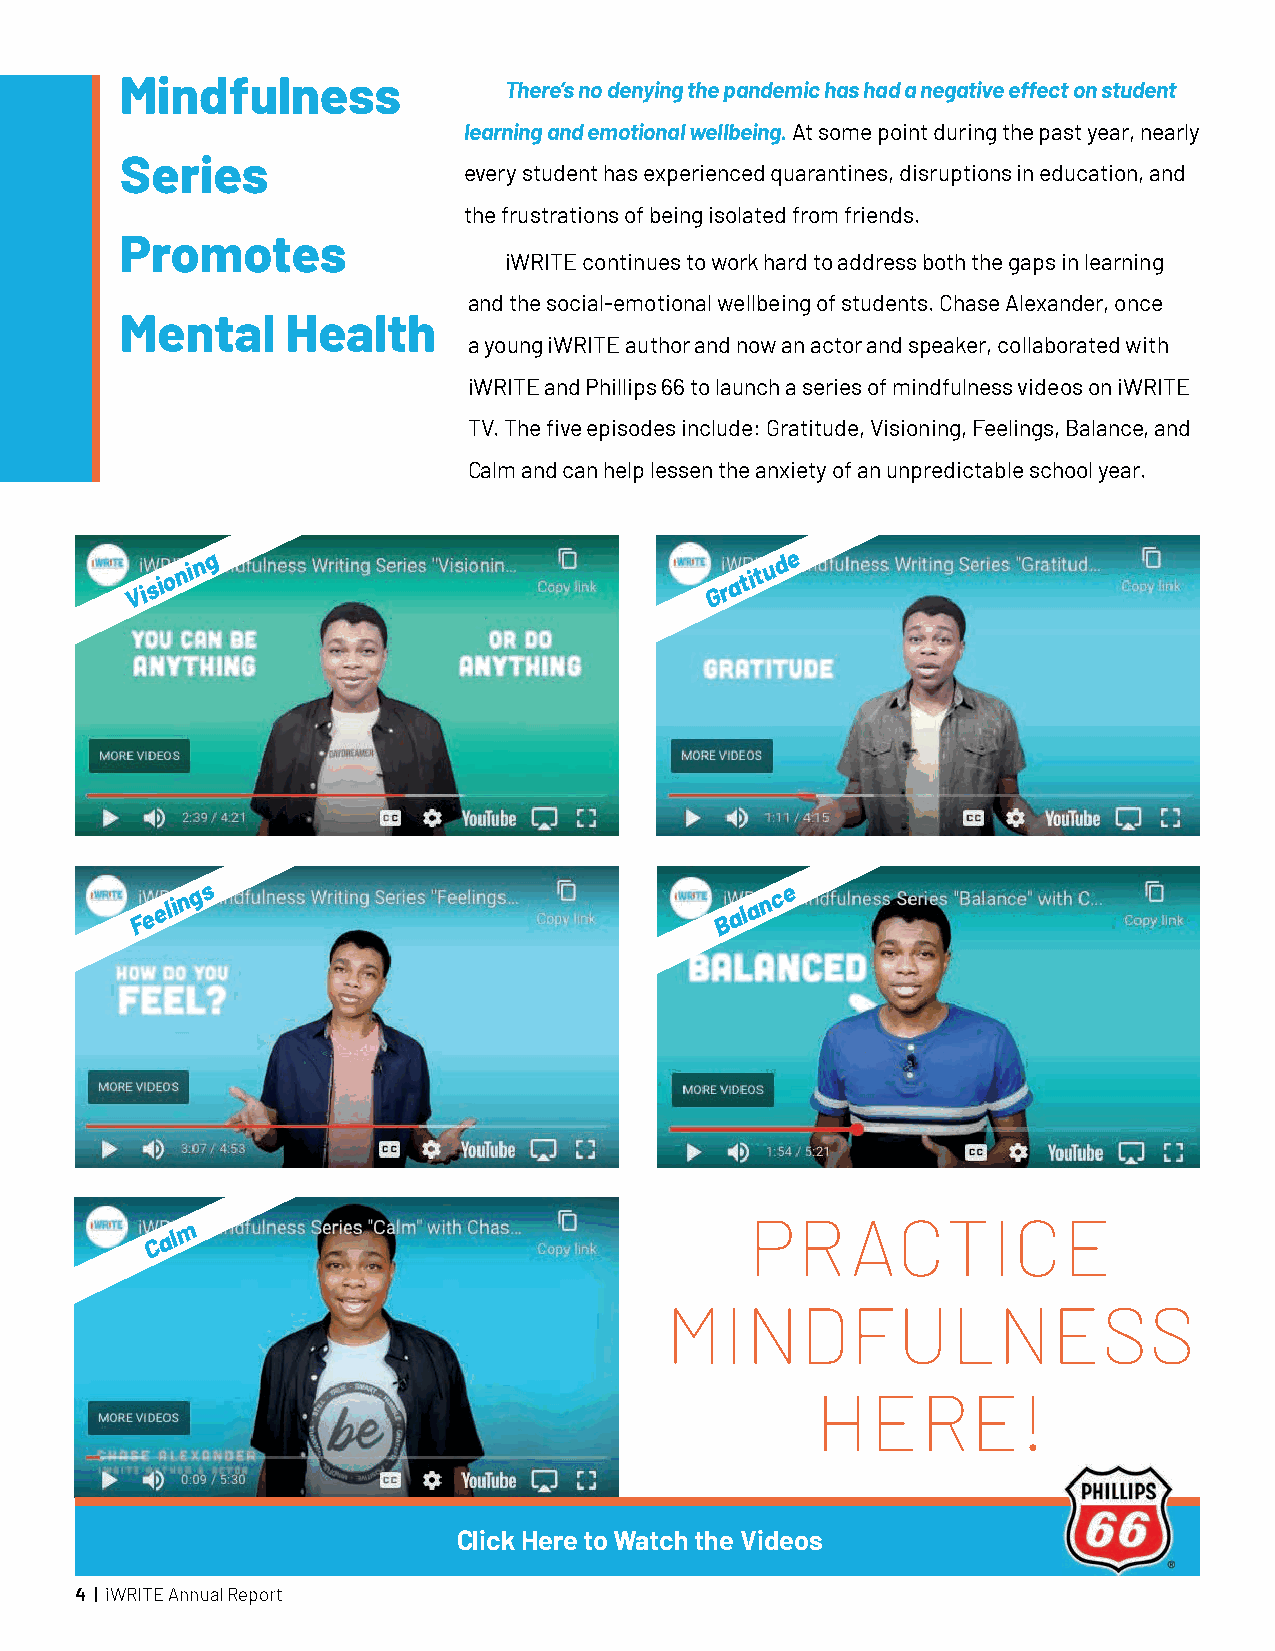
Mindfulness              There’s no denying the pandemic has had a negative effect on student
 learning and emotional wellbeing.At some point during the past year, nearly
 Series
 every student has experienced quarantines, disruptions in education, and
 the frustrations of being isolated from friends.
 Promotes
 iWRITE continues to work hard to address both the gaps in learning
 and the social-emotional wellbeing of students. Chase Alexander, once
 Mental     Health
 a young iWRITE author and now an actor and speaker, collaborated with
 iWRITE and Phillips 66 to launch a series of mindfulness videos on iWRITE
 TV. The five episodes include: Gratitude, Visioning, Feelings, Balance, and
 Calm and can help lessen the anxiety of an unpredictable school year.
 Visio nin g                           G r a tit u d e
 F e
 elin g s
 B
 ala n c e
 m                                     PRACTICE
 C
 al
 MINDFULNESS
 HERE!
 Click Here to Watch the Videos
 4 | iWRITE Annual Report